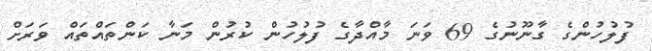
ފުލުހުންގެ ގާނޫނުގެ 69 ވަނަ މާއްދާގެ ފުލުހުން ކުރުން މަނާ ކަންތައްތައް ވަރަށް